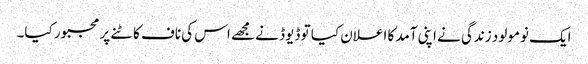
ایک نومولود زندگی نے اپنی آمد کا اعلان کیا تو ڈیوڈ نے مجھے اس کی ناف کاٹنے پر مجبور کیا۔